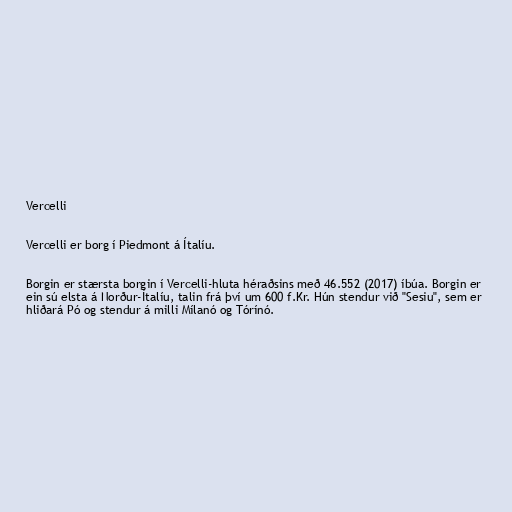
Vercelli

Vercelli er borg í Piedmont á Ítalíu.

Borgin er stærsta borgin í Vercelli-hluta héraðsins með 46.552 (2017) íbúa. Borgin er
ein sú elsta á Norður-Ítalíu, talin frá því um 600 f.Kr. Hún stendur við "Sesiu", sem er
hliðará Pó og stendur á milli Mílanó og Tórínó.